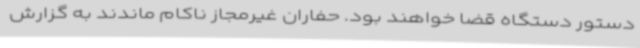
دستور دستگاه قضا خواهند بود. حفاران غیرمجاز ناکام ماندند به گزارش